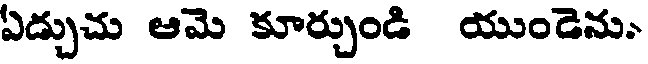
ఏడ్చుచు ఆమె కూర్చుండి యుండెను.